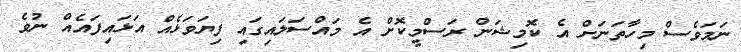
ނަމަވެސް މިހާތަނަށް އެ ކޮމިޝަން ރަސްމީކޮށް އެ މައްސަލައިގައި ފިޔަވަޅެއް އަޅައިފައެއް ނުވެ